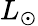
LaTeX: L_{\odot}